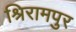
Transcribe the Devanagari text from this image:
श्रिरामपुर